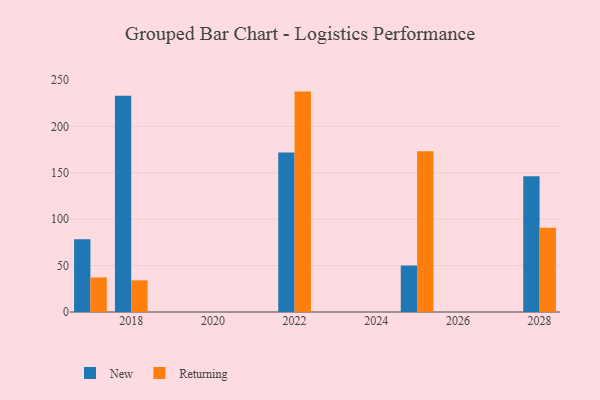
{"axis": {"x": "Year", "y": "Page Views"}, "legend": ["New", "Returning"], "data": [{"x": "2022", "y": 171.8, "type": "New"}, {"x": "2022", "y": 237.5, "type": "Returning"}, {"x": "2028", "y": 146.2, "type": "New"}, {"x": "2028", "y": 90.8, "type": "Returning"}, {"x": "2017", "y": 78.3, "type": "New"}, {"x": "2017", "y": 37.2, "type": "Returning"}, {"x": "2018", "y": 233.0, "type": "New"}, {"x": "2018", "y": 34.1, "type": "Returning"}, {"x": "2025", "y": 50.1, "type": "New"}, {"x": "2025", "y": 173.3, "type": "Returning"}]}